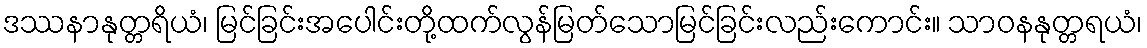
ဒဿနာနုတ္တရိယံ၊ မြင်ခြင်းအပေါင်းတို့ထက်လွန်မြတ်သောမြင်ခြင်းလည်းကောင်း။ သာဝနနုတ္တရယံ၊